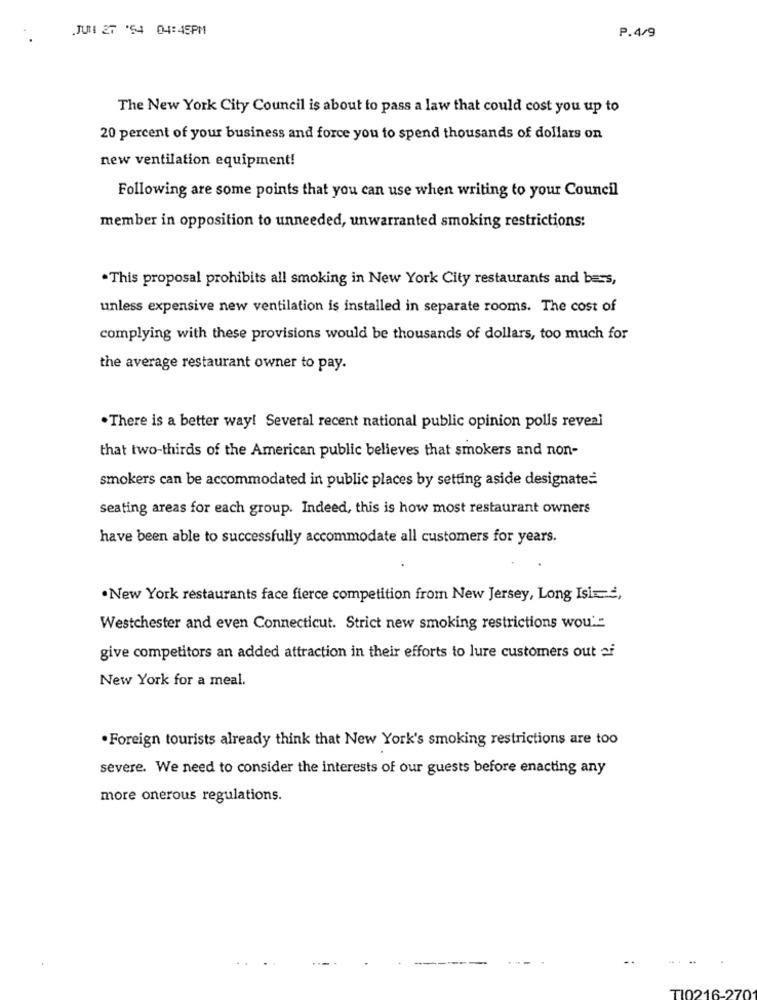
JUNI 27 '54 04:45PM
P.4/9
The New York City Council is about to pass a law that could cost you up to
20 percent of your business and force you to spend thousands of dollars on
new ventilation equipment!
Following are some points that you can use when writing to your Council
member in opposition to unneeded, unwarranted smoking restrictions:
.This proposal prohibits all smoking in New York City restaurants and bars,
unless expensive new ventilation is installed in separate rooms. The cost of
complying with these provisions would be thousands of dollars, too much for
the average restaurant owner to pay.
. There is a better way! Several recent national public opinion polls reveal
that two-thirds of the American public believes that smokers and non-
smokers can be accommodated in public places by setting aside designate=
seating areas for each group. Indeed, this is how most restaurant owners
have been able to successfully accommodate all customers for years.
. New York restaurants face fierce competition from New Jersey, Long Isics,
Westchester and even Connecticut. Strict new smoking restrictions wou':
give competitors an added attraction in their efforts to lure customers out si
New York for a meal.
. Foreign tourists already think that New York's smoking restrictions are too
severe. We need to consider the interests of our guests before enacting any
more onerous regulations.
TI0216-270